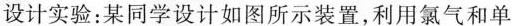
设计实验：某同学设计如图所示装置，利用氯气和单